Statistical return of the lunatic asylum in Assam - 1912-1932
Year: 1912
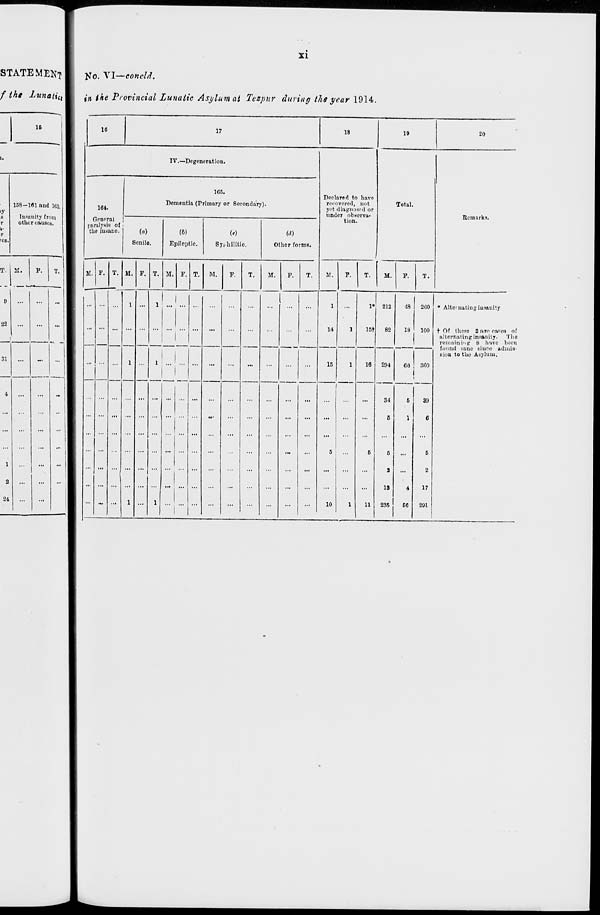
XI
STATE MEKT I
Ko. Vl—concld.
f the X«M<j^'cj| in ihe Provincial Lunatic Asylum at Tezpur during the year 1914.
15
158—161 and 163
IJ
8
r
i-
r
res.
Insanity from
other causes.
T.
22
3]
1
2
24
16
17
18
IV.—Degeneration.
164.
General
paralysis of •
tho insane.
1C5.
Dementia (Primary or Secondary).
(o)
Senile.
(6)
Epileptic.
Syphilitic.
id)
Other forms.
M, F.
M. F.
M. P. T. M.
M.
F.
T.
1
...
...
...
...
...
...
...
Declared to have
recovered, not
yet diagnosed or
under observa-
tion.
19
20
Total.
M.
P.
14
15
10
T.
M.
T.
Remarks.
1* 212
15t
16
11
294
48
18
260
100
66
34
6
5
1
5
...
a ...
is
4
235
50
300
39
6
6
2
17
291
* Alternating iusanity
t Of thepe 2 am ca=es of
alternating insanity. The
remaining 8 have been
found sane since admis-
sion to the Asylum.